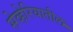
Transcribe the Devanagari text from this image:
सेव्हेरियातील